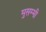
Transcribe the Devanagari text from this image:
मुसम्मी